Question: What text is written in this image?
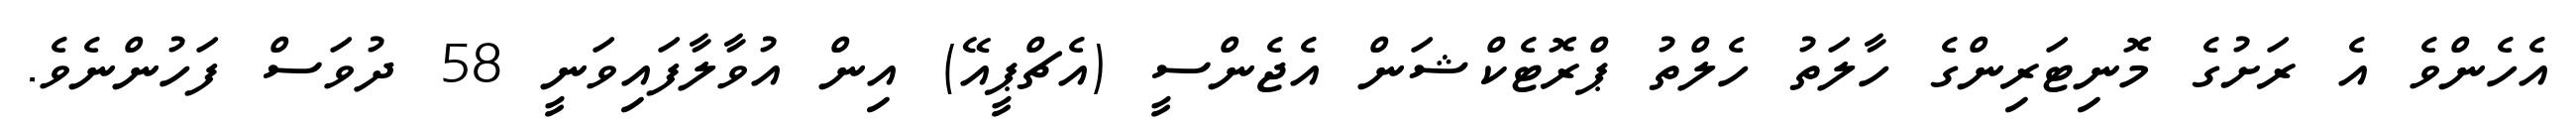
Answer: އެހެންވެ އެ ރަށުގެ މޮނިޓަރިންގެ ހާލަތު ހެލްތު ޕްރޮޓެކްޝަން އެޖެންސީ (އެޗްޕީއޭ) އިން އުވާލާފައިވަނީ 58 ދުވަސް ފަހުންނެވެ.